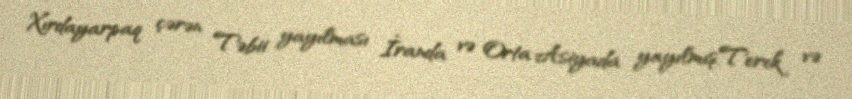
Xırdayarpaq çərən Təbii yayılması İranda və Orta Asiyada yayılmış,Terek və